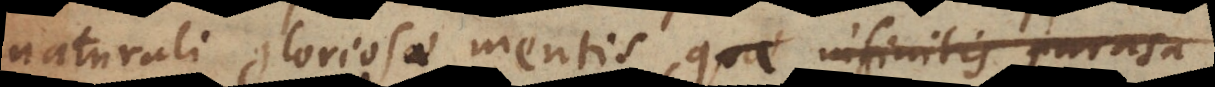
naturali gloriosae mentis, quae infinitis parasa